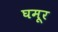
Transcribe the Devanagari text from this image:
घमूर